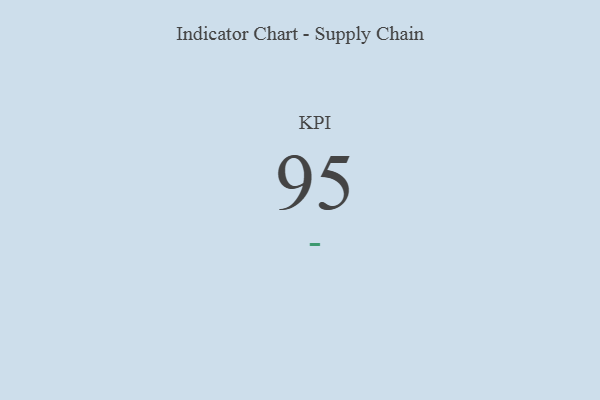
{"axis": {"x": "KPI", "y": "Value"}, "legend": [""], "data": [{"x": "KPI", "y": 95, "type": ""}]}